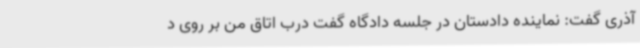
آذری گفت: نماینده دادستان در جلسه دادگاه گفت درب اتاق من بر روی د